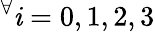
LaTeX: ^{\forall}\mathit{i}=0,1,2,3